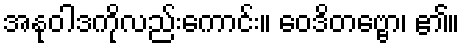
အနုဝါဒကိုလည်းကောင်း။ ဝေဒိတဗ္ဗော၊ ၏။